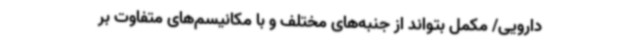
دارویی/ مکمل بتواند از جنبه‌های مختلف و با مکانیسم‌های متفاوت بر